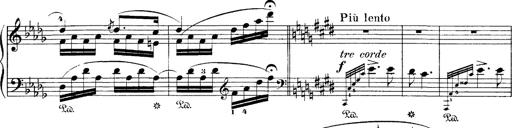
Title: Hungarian Rhapsody No.1
Composer: Franz Liszt
Key: C-sharp minor